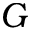
G